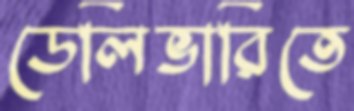
ডেলিভারিতে